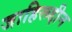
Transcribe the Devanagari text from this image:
जाहिरूद्दीन